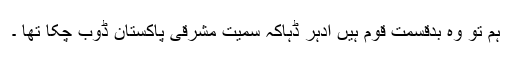
ہم تو وہ بدقسمت قوم ہیں ادہر ڈہاکہ سمیت مشرقی پاکستان ڈوب چکا تھا ۔